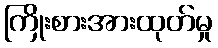
ကြိုးစားအားထုတ်မှု